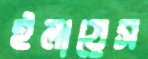
ইলায়েস